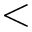
<